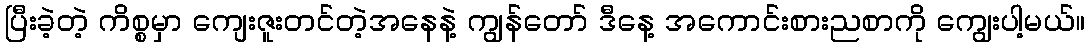
ပြီးခဲ့တဲ့ ကိစ္စမှာ ကျေးဇူးတင်တဲ့အနေနဲ့ ကျွန်တော် ဒီနေ့ အကောင်းစားညစာကို ကျွေးပါ့မယ်။